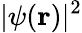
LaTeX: |\psi(\mathbf{r})|^{2}